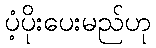
ပံ့ပိုးပေးမည်ဟု